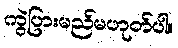
ကွဲပြားမည်မဟုတ်ပါ။